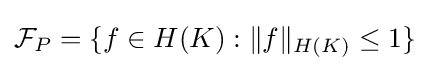
{\mathcal {F}}_{P}=\{f\in H(K):\|f\|_{H(K)}\leq 1\}